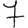
Digit: 7